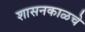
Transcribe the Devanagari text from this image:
शासनकाळचे